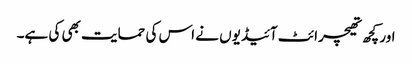
اور کچھ تھیچرائٹ آئیڈیوں نے اس کی حمایت بھی کی ہے۔